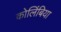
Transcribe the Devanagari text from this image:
कोलिंबिया